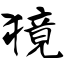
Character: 獍